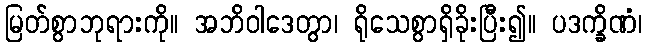
မြတ်စွာဘုရားကို။ အဘိဝါဒေတွာ၊ ရိုသေစွာရှိခိုးပြီး၍။ ပဒက္ခိဏံ၊